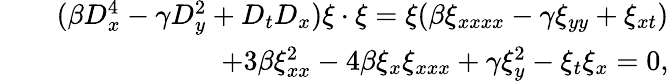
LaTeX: \begin{array}{rlr}&{}&{(\beta D_{x}^{4}-\gamma D_{y}^{2}+D_{t}D_{x})\xi\cdot\xi=\xi(\beta\xi_{xxxx}-\gamma\xi_{yy}+\xi_{xt})}\\ &{}&{+3\beta\xi_{xx}^{2}-4\beta\xi_{x}\xi_{xxx}+\gamma\xi_{y}^{2}-\xi_{t}\xi_{x}=0,}\end{array}